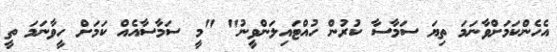
އެހެންކަމަށްވާނަމަ ތިޔަ ސަމާސާ ކުރުން ހުއްޓައިލަންވީނު" "މީ ސަމާސާއެއް ކަމަށް ހީވާނަމަ ތީ